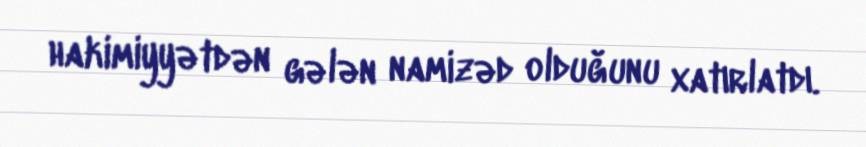
hakimiyyətdən gələn namizəd olduğunu xatırlatdı.